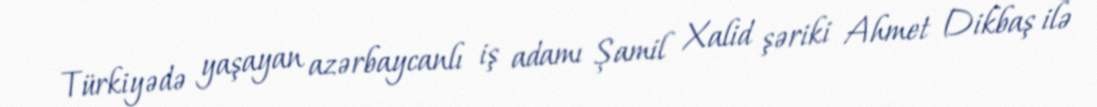
Türkiyədə yaşayan azərbaycanlı iş adamı Şamil Xalid şəriki Ahmet Dikbaş ilə